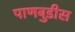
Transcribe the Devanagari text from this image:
पाणबुडीस